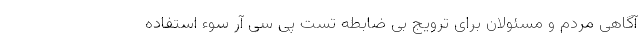
آگاهی مردم و مسئولان برای ترویج بی ضابطه تست پی سی آر سوء استفاده